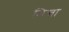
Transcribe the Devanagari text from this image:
भिन्ता